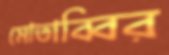
মোতাব্বির